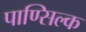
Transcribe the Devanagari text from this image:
पाण्सिल्क